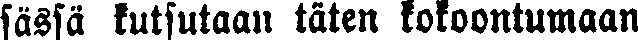
sässä kutsutaan täten kokoontumaan